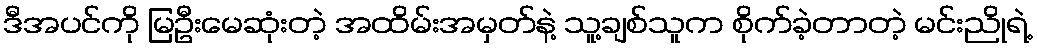
ဒီအပင်ကို မြဦးမေဆုံးတဲ့ အထိမ်းအမှတ်နဲ့ သူ့ချစ်သူက စိုက်ခဲ့တာတဲ့ မင်းညိုရဲ့